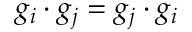
g _ { i } \cdot g _ { j } = g _ { j } \cdot g _ { i }